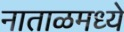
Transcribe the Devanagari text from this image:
नाताळमध्ये